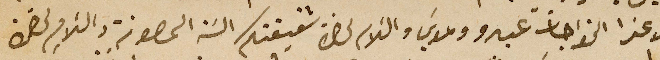
الاعزا الخواجات عبدو وموسَي والسَلام لحضرة شقيقتكم السَة المصونة والسلام لحضرة